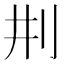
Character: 㓝